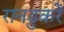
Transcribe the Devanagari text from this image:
रानडुकरें